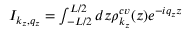
\begin{array} { r } { I _ { k _ { z } , q _ { z } } = \int _ { - L / 2 } ^ { L / 2 } d z \rho _ { k _ { z } } ^ { c v } ( z ) e ^ { - i q _ { z } z } } \end{array}